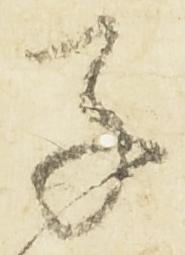
子